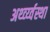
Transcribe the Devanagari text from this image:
अर्थ्व्य्वस्था